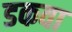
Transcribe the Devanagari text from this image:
डकवा